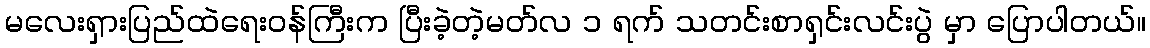
မလေးရှားပြည်ထဲရေးဝန်ကြီးက ပြီးခဲ့တဲ့မတ်လ ၁ ရက် သတင်းစာရှင်းလင်းပွဲ မှာ ပြောပါတယ်။